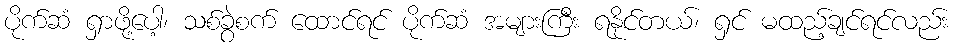
ပိုက်ဆံ ရှာဖို့ပေါ့၊ သစ်ခွဲစက် ထောင်ရင် ပိုက်ဆံ အများကြီး ရနိုင်တယ်၊ ရှင် မထည့်ချင်ရင်လည်း